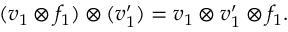
( v _ { 1 } \otimes f _ { 1 } ) \otimes ( v _ { 1 } ^ { \prime } ) = v _ { 1 } \otimes v _ { 1 } ^ { \prime } \otimes f _ { 1 } .